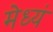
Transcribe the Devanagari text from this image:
मेध्यं